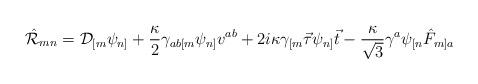
LaTeX: \begin{align*}\hat{\cal R}_{mn}= {\cal D}_{[m}\psi_{n]}+\frac{\kappa}{2}\gamma_{ab[m}\psi_{n]}v^{ab}+2i\kappa\gamma_{[m}\vec{\tau}\psi_{n]}\vec{t}-\frac{\kappa}{\sqrt{3}}\gamma^a\psi_{[n}\hat{F}_{m]a}\end{align*}